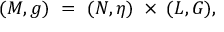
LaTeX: ( M , g ) \ = \ ( N , \eta ) \; \times \; ( L , G ) ,